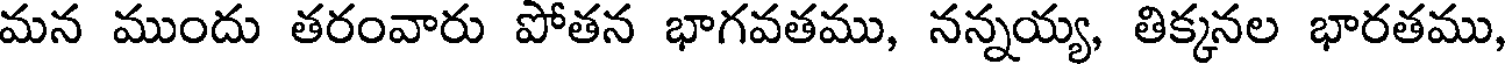
మన ముందు తరంవారు పోతన భాగవతము, నన్నయ్య, తిక్కనల భారతము,